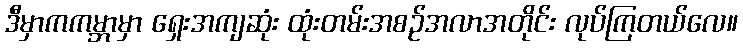
ဒီမှာကကမ္ဘာမှာ ရှေးအကျဆုံး ထုံးတမ်းအစဉ်အလာအတိုင်း လုပ်ကြတယ်လေ။